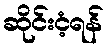
ဆိုင်းငံ့ရန်